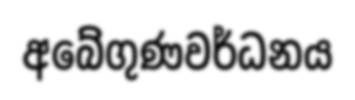
අබේගුණවර්ධනය